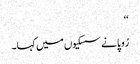
‘‘
رُوپا نے سسکیوں میں کہا۔